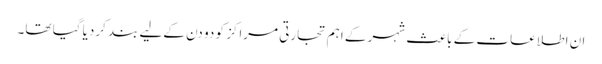
ان اطلاعات کے باعث شہر کے اہم تجارتی مراکز کو دو دن کےلیے بند کردیا گیا تھا۔